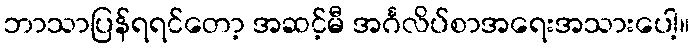
ဘာသာပြန်ရရင်တော့ အဆင့်မီ အင်္ဂလိပ်စာအရေးအသားပေါ့။